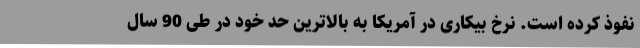
نفوذ کرده است. نرخ بیکاری در آمریکا به بالاترین حد خود در طی 90 سال